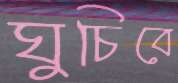
ঘুচিবে